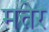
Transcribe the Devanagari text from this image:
मत्तेर